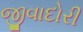
જીવાદોરી